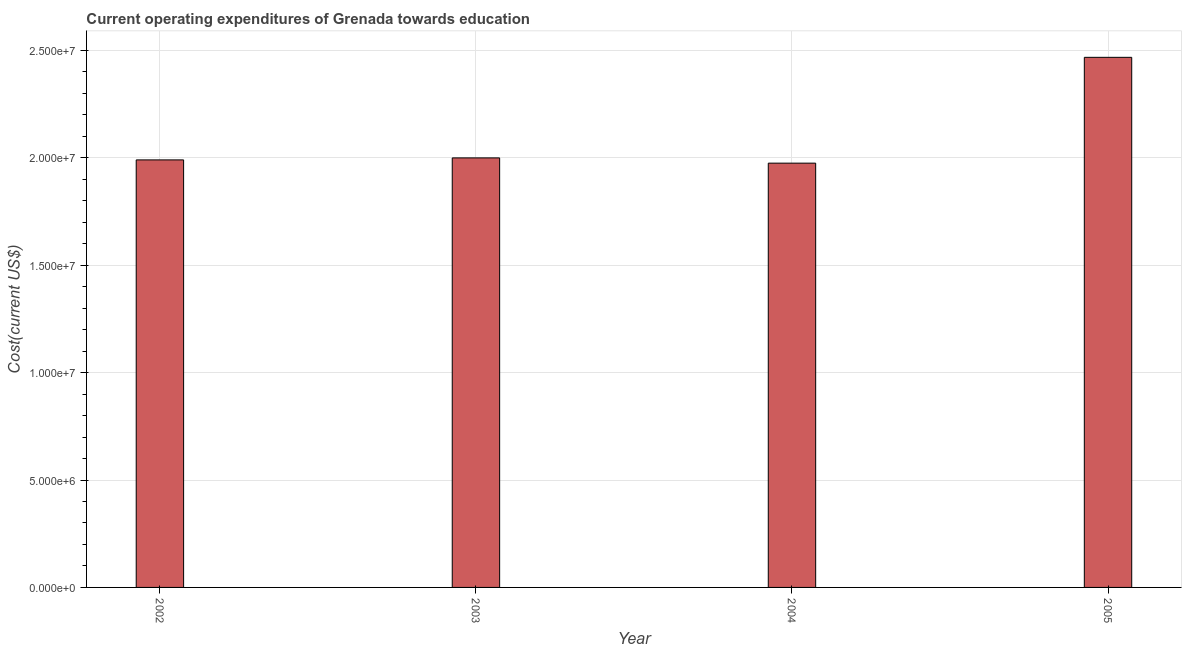
| Year | Education expenditure |
 | --- | --- |
 | 2002 | 1.99e+07 |
 | 2003 | 2e+07 |
 | 2004 | 1.98e+07 |
 | 2005 | 2.47e+07 |